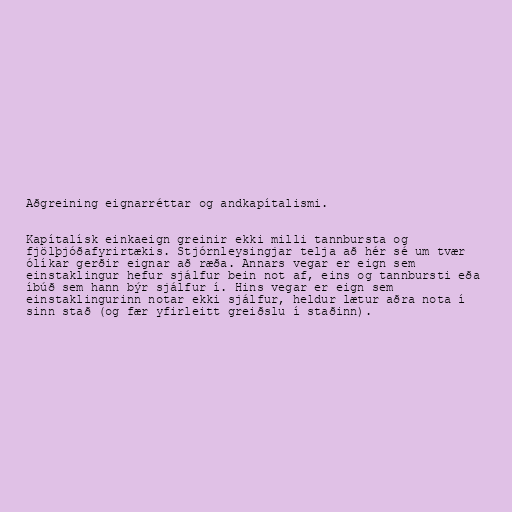
Aðgreining eignarréttar og andkapítalismi.

Kapítalísk einkaeign greinir ekki milli tannbursta og
fjölþjóðafyrirtækis. Stjórnleysingjar telja að hér sé um tvær
ólíkar gerðir eignar að ræða. Annars vegar er eign sem
einstaklingur hefur sjálfur bein not af, eins og tannbursti eða
íbúð sem hann býr sjálfur í. Hins vegar er eign sem
einstaklingurinn notar ekki sjálfur, heldur lætur aðra nota í
sinn stað (og fær yfirleitt greiðslu í staðinn).